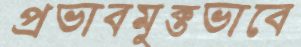
প্রভাবমুক্তভাবে